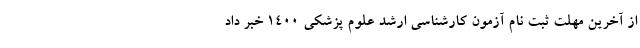
از آخرین مهلت ثبت نام آزمون کارشناسی ارشد علوم پزشکی ۱۴۰۰ خبر داد